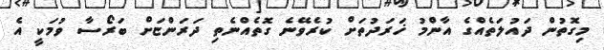
މިގޮތުން ދައުލަތެއްގެ އާންމު ޚަރަދުތަށް ކުރެވޭނެ ގޮތެއްނެތި ދަރަންޏަށް ބަރޯސާ ވުމަކީ އެ